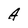
Character: A